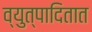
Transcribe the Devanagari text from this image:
व्युत्पादितात